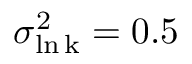
\sigma _ { \mathrm { \ln k } } ^ { 2 } = 0 . 5